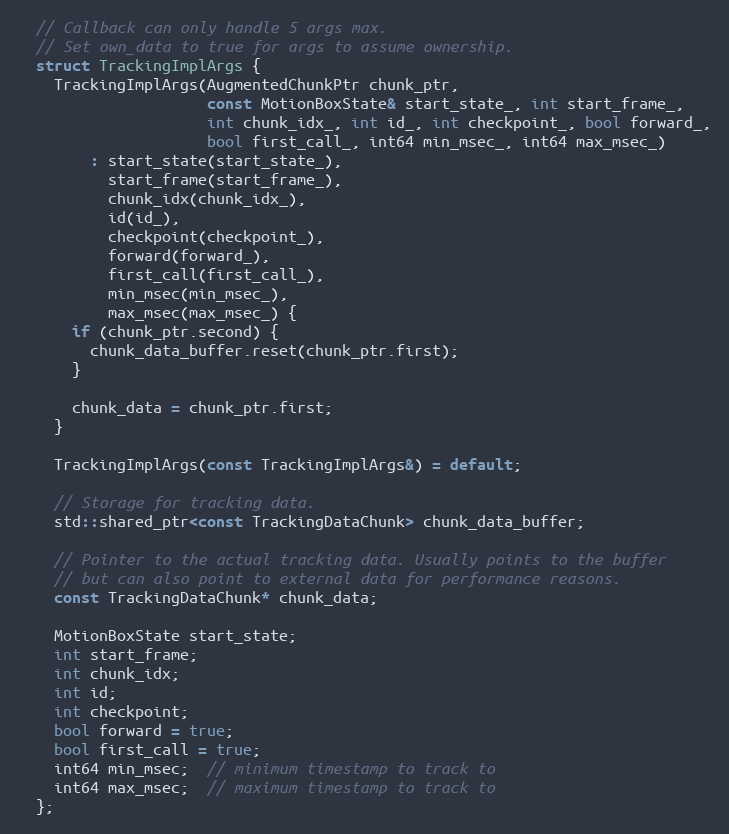
Language: C
  // Callback can only handle 5 args max.
  // Set own_data to true for args to assume ownership.
  struct TrackingImplArgs {
    TrackingImplArgs(AugmentedChunkPtr chunk_ptr,
                     const MotionBoxState& start_state_, int start_frame_,
                     int chunk_idx_, int id_, int checkpoint_, bool forward_,
                     bool first_call_, int64 min_msec_, int64 max_msec_)
        : start_state(start_state_),
          start_frame(start_frame_),
          chunk_idx(chunk_idx_),
          id(id_),
          checkpoint(checkpoint_),
          forward(forward_),
          first_call(first_call_),
          min_msec(min_msec_),
          max_msec(max_msec_) {
      if (chunk_ptr.second) {
        chunk_data_buffer.reset(chunk_ptr.first);
      }

      chunk_data = chunk_ptr.first;
    }

    TrackingImplArgs(const TrackingImplArgs&) = default;

    // Storage for tracking data.
    std::shared_ptr<const TrackingDataChunk> chunk_data_buffer;

    // Pointer to the actual tracking data. Usually points to the buffer
    // but can also point to external data for performance reasons.
    const TrackingDataChunk* chunk_data;

    MotionBoxState start_state;
    int start_frame;
    int chunk_idx;
    int id;
    int checkpoint;
    bool forward = true;
    bool first_call = true;
    int64 min_msec;  // minimum timestamp to track to
    int64 max_msec;  // maximum timestamp to track to
  };